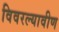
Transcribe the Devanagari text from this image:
विवरल्यावीण